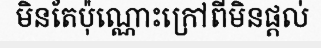
មិនតែប៉ុណ្ណោះក្រៅពីមិនផ្តល់